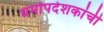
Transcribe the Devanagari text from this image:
धर्मोपदेशकांची